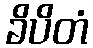
ခိပိတံ